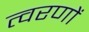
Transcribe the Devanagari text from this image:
त्वरणों